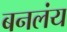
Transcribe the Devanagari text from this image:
बनलंय